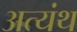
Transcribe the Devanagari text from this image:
अत्यंथ